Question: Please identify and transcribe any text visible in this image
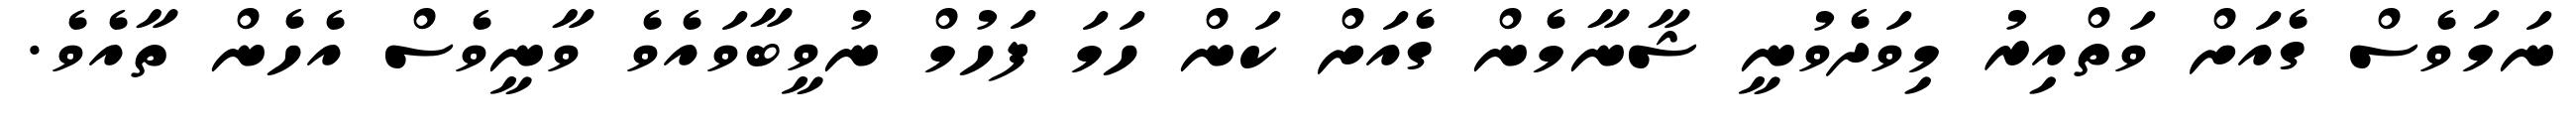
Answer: ނަމަވެސް ގެއަށް ވަތްއިރު މިވަދެވުނީ ޝާނާމެން ގެއަށް ކަން ހަމަ ފަހުމް ނުވީބާވައެވެ ވާނީވެސް އެހެން ތާއެވެ.